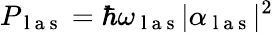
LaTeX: {P}_{\mathrm{~l~a~s~}}=\hbar\omega_{\mathrm{~l~a~s~}}\vert\alpha_{\mathrm{~l~a~s~}}\vert^{2}